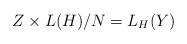
LaTeX: \begin{align*}Z\times L(H)/N=L_H(Y)\end{align*}